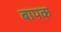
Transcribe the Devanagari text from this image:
बापक